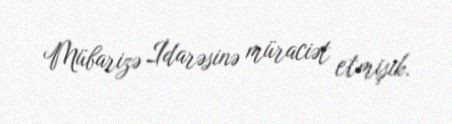
Mübarizə İdarəsinə müraciət etmişik.